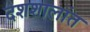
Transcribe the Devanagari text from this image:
दशशालांत